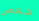
شخص